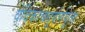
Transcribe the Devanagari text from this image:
वेदिकाचतुर्वर्णयुता